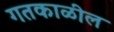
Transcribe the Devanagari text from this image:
गतकाळील